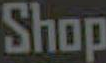
Shop